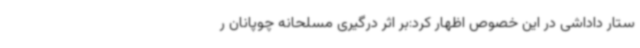
ستار داداشی در این خصوص اظهار کرد:بر اثر درگیری مسلحانه چوپانان ر